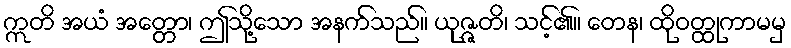
ဣတိ အယံ အတ္တော၊ ဤသို့သော အနက်သည်။ ယုဇ္ဇတိ၊ သင့်၏။ တေန၊ ထိုဝတ္ထုကာမမှ